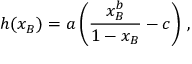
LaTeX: h ( x _ { B } ) = a \left( \frac { x _ { B } ^ { b } } { 1 - x _ { B } } - c \right) \, ,